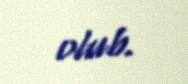
olub.